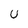
Character: U